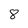
Character: 8